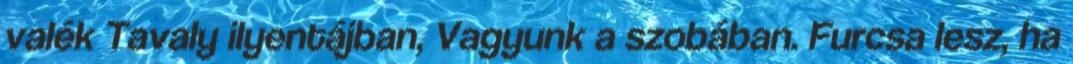
valék Tavaly ilyentájban, Vagyunk a szobában. Furcsa lesz, ha